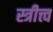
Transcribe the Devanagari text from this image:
स्त्रीत्त्व